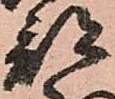
部